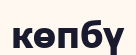
көпбү